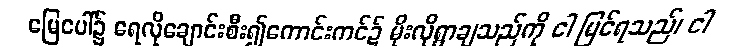
မြေပေါ်၌ ရေလိုချောင်းစီး၍ကောင်းကင်၌ မိုးလိုရွာချသည်ကို ငါ မြင်ရသည်၊ ငါ